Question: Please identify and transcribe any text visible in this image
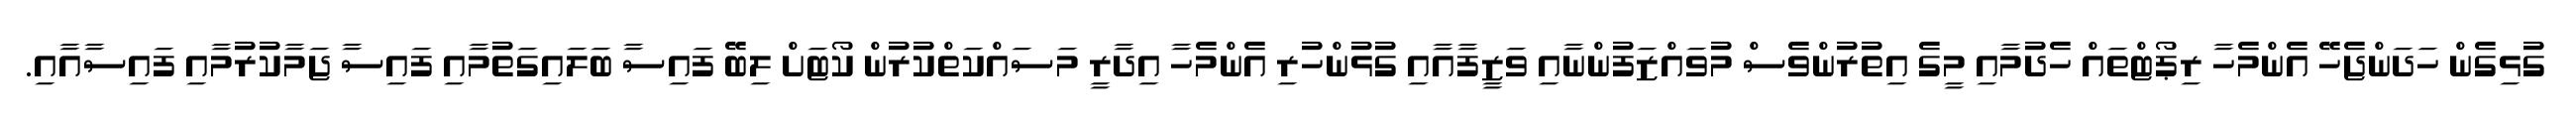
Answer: ގުޅިގެން ހަދަންޖެހޭ އެންމެހާ ރިޕޯޓްތައް ހެދުމާއި މީގެ އިތުރުންވެސް މުވައްޒަފުންނާއި ވަޒީފާއާއި ގުޅުންހުރި އެންމެހާ އިދާރީ މަސައްކަތްކުރުން ކޯޓަށް ލިބޭ ފައިސާ ބަލައިގަތުމާއި ފައިސާ ޖަމާކުރުމާއި ފައިސާއާއި.